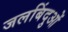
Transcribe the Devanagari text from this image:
जलबिंदुओं